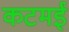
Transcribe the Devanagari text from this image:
कटमई